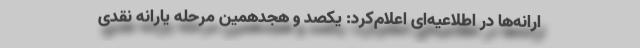
ارانه‌ها در اطلاعیه‌ای اعلام‌کرد: یکصد و هجدهمین مرحله یارانه نقدی